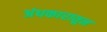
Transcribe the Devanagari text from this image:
अंधकारातून